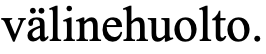
välinehuolto.